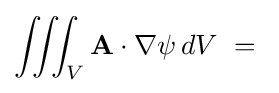
\iiint _{V}\mathbf {A} \cdot \nabla \psi \,dV\ =\